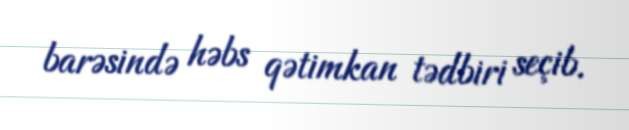
barəsində həbs qətimkan tədbiri seçib.